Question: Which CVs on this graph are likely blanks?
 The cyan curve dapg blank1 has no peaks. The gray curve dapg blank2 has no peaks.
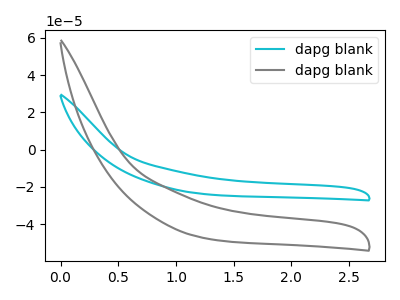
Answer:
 <answer>"dapg blank1" and "dapg blank2" are likely to be blanks.</answer>
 <eval>"dapg blank1", "dapg blank2"</eval>